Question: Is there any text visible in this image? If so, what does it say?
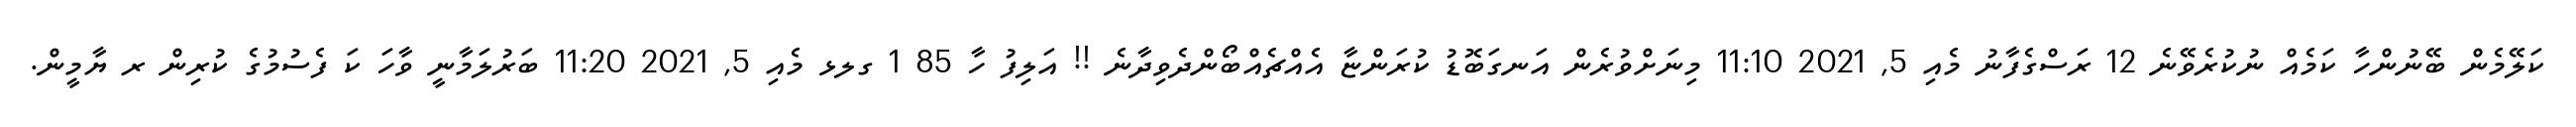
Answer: ކަލޭމެން ބޭނުންހާ ކަމެއް ނުކުރެވޭނެ 12 ރަސްގެފާނު މެއި 5, 2021 11:10 މިނަށްވުރެން އަނގަބޮޑު ކުރަންޏާ އެއްޗެއްބޯންދެވިދާނެ !! އަލިފު ހާ 85 1 ގލޅ މެއި 5, 2021 11:20 ބަރުލަމާނީ ވާހަ ކަ ފެސުމުގެ ކުރިން ރ ޔާމީން.